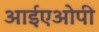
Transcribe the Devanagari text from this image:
आईएओपी